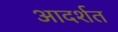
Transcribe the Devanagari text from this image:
आदर्शत